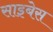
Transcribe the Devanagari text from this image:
साइबेस